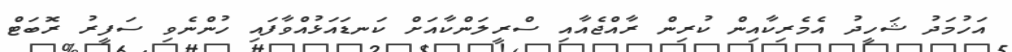
އަހުމަދު ޝަހީދު އެމެރިކާއިން ކުރިން ރާއްޖެއާއި ސްރީލަންކާއަށް ކަނޑައަޅުއްވާފައި ހުންނެވި ސަފީރު ރޮބަޓް